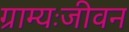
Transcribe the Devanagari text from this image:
ग्राम्यःजीवन